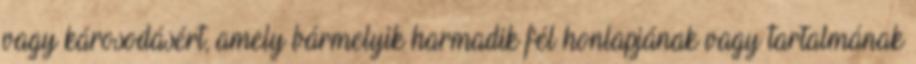
vagy károsodásért, amely bármelyik harmadik fél honlapjának vagy tartalmának